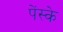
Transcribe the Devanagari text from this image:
पेंस्के